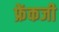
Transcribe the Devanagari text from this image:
फ्रेंकजी